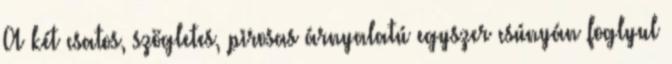
A két csatos, szögletes, pirosas árnyalatú egyszer csúnyán foglyul